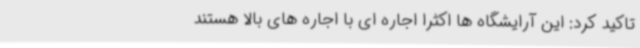
تاکید کرد: این آرایشگاه ها اکثرا اجاره ای با اجاره های بالا هستند